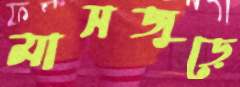
মাসজুড়ে